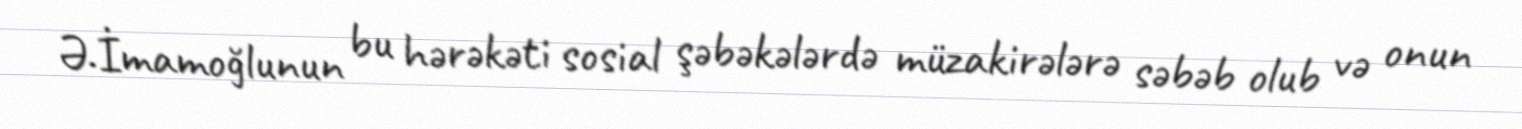
Ə.İmamoğlunun bu hərəkəti sosial şəbəkələrdə müzakirələrə səbəb olub və onun